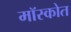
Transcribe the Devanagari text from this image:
मॉस्कोत